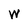
Character: W